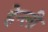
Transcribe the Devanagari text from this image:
हेन्ली